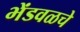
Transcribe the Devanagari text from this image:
भेंडवळचे